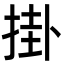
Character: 掛